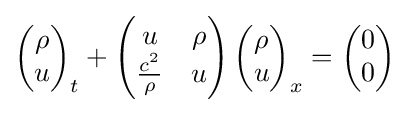
\left({\begin{matrix}\rho \\u\end{matrix}}\right)_{t}+\left({\begin{matrix}u&\rho \\{\frac {c^{2}}{\rho }}&u\end{matrix}}\right)\left({\begin{matrix}\rho \\u\end{matrix}}\right)_{x}=\left({\begin{matrix}0\\0\end{matrix}}\right)